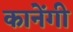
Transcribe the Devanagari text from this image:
कानेंगी